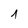
Character: 1